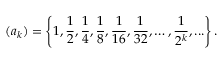
( a _ { k } ) = \left\{ 1 , { \frac { 1 } { 2 } } , { \frac { 1 } { 4 } } , { \frac { 1 } { 8 } } , { \frac { 1 } { 1 6 } } , { \frac { 1 } { 3 2 } } , \ldots , { \frac { 1 } { 2 ^ { k } } } , . . . \right\} .